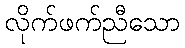
လိုက်ဖက်ညီသော